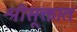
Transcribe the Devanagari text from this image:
श्रीसूक्तात